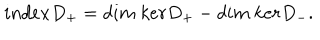
i n d e x D _ { + } = d i m { \ } k e r D _ { + } - d i m { \ } k e r D _ { - } .